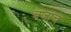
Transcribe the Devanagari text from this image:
बजाच